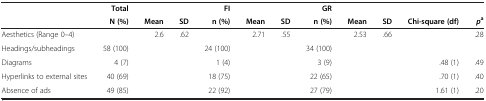
<table><thead><tr><td><b> </b></td><td><b>Total</b></td><td><b> </b></td><td><b> </b></td><td><b>FI</b></td><td><b> </b></td><td><b> </b></td><td><b>GR</b></td><td><b> </b></td><td><b> </b></td><td><b> </b></td><td><b> </b></td></tr><tr><td><b> </b></td><td><b>N (%)</b></td><td><b>Mean</b></td><td><b>SD</b></td><td><b>n (%)</b></td><td><b>Mean</b></td><td><b>SD</b></td><td><b>n (%)</b></td><td><b>Mean</b></td><td><b>SD</b></td><td><b>Chi-square (df)</b></td><td><b><i>p</i><sup>a</sup></b></td></tr></thead><tbody><tr><td>Aesthetics (Range 0–4)</td><td> </td><td>2.6</td><td>.62</td><td> </td><td>2.71</td><td>.55</td><td> </td><td>2.53</td><td>.66</td><td> </td><td>.28</td></tr><tr><td>Headings/subheadings</td><td>58 (100)</td><td> </td><td> </td><td>24 (100)</td><td> </td><td> </td><td>34 (100)</td><td> </td><td> </td><td> </td><td> </td></tr><tr><td>Diagrams</td><td>4 (7)</td><td> </td><td> </td><td>1 (4)</td><td> </td><td> </td><td>3 (9)</td><td> </td><td> </td><td>.48 (1)</td><td>.49</td></tr><tr><td>Hyperlinks to external sites</td><td>40 (69)</td><td> </td><td> </td><td>18 (75)</td><td> </td><td> </td><td>22 (65)</td><td> </td><td> </td><td>.70 (1)</td><td>.40</td></tr><tr><td>Absence of ads</td><td>49 (85)</td><td> </td><td> </td><td>22 (92)</td><td> </td><td> </td><td>27 (79)</td><td> </td><td> </td><td>1.61 (1)</td><td>.20</td></tr></tbody></table>